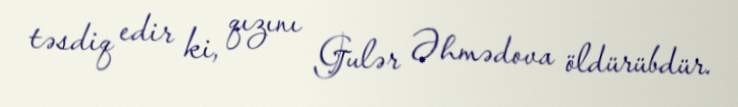
təsdiq edir ki, qızını Gulər Əhmədova öldürübdür.